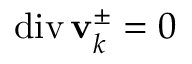
\operatorname { d i v } \mathbf { v } _ { k } ^ { \pm } = 0